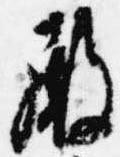
殿